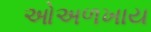
ઓઅળખાય